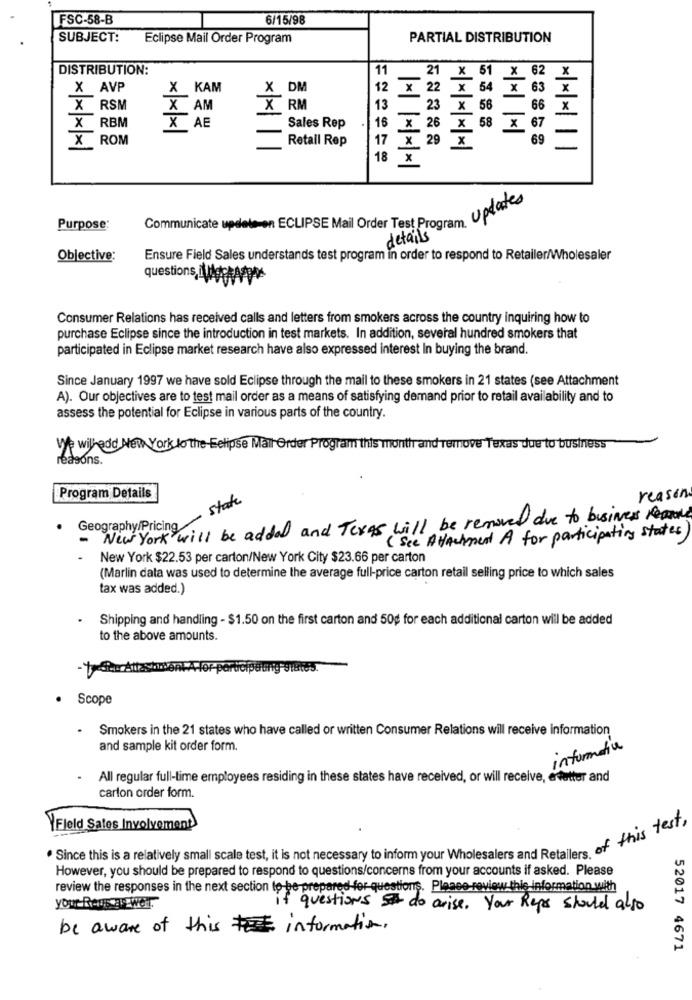
FSC-58-B
6/15/98
SUBJECT:
Eclipse Mail Order Program
PARTIAL DISTRIBUTION
DISTRIBUTION:
11
21 x 51 x 62
x
X AVP
X KAM
X DM
12 × 22
X 54 X 63
X RSM
X AM
X RM
13
23 x 56
66
x
X RBM
AE
X
Sales Rep
16
X 26 X 58 X 67
X ROM
Retail Rep
17
69
X 29 X
**** |||
18
X
Communicate update on ECLIPSE Mail Order Test Program Updates
Purpose:
details
Objective:
Ensure Field Sales understands test program in order to respond to Retailer/Wholesaler
questions,il
Consumer Relations has received calls and letters from smokers across the country inquiring how to
purchase Eclipse since the introduction in test markets. In addition, several hundred smokers that
participated in Eclipse market research have also expressed interest In buying the brand.
Since January 1997 we have sold Eclipse through the mail to these smokers in 21 states (see Attachment
A). Our objectives are to test mail order as a means of satisfying demand prior to retail availability and to
assess the potential for Eclipse in various parts of the country.
V/ withadd New York to the Eclipse Mail Order Program this month and remove Texas due to business
reasons.
Program Details
reason
Geography/Pricing State
New York will be added and Texas will be removed due to business Record
.
( See Attachment A for participating states
New York $22.53 per carton/New York City $23.66 per carton
(Marlin data was used to determine the average full-price carton retail selling price to which sales
tax was added.)
Shipping and handling - $1.50 on the first carton and 50g for each additional carton will be added
to the above amounts.
Scope
. Smokers in the 21 states who have called or written Consumer Relations will receive information
and sample kit order form.
information
All regular full-time employees residing in these states have received, or will receive, edetter and
carton order form.
YField Sales Involvement
. Since this is a relatively small scale test, it is not necessary to inform your Wholesalers and Retail of this Tel
However, you should be prepared to respond to questions/concerns from your accounts if asked. Please
review the responses in the next section to-be-prepared-for-questions. Please-review this information with
YOUL RADE AN WOT
questions do arise. Your Reps should also
be aware of this information.
52017 4671